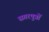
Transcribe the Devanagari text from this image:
सगरपुत्रों